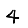
Digit: 4